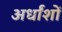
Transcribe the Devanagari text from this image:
अर्धांशों